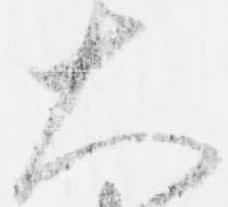
大